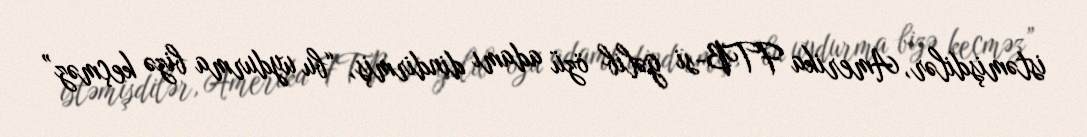
istəmişdilər, Amerika FTB-si gəlib özü adamı dindirmiş, “bu uydurma bizə keçməz”